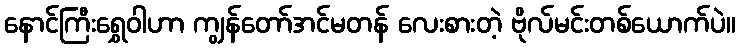
နောင်ကြီးရွှေဝါဟာ ကျွန်တော်အင်မတန် လေးစားတဲ့ ဗိုလ်မင်းတစ်ယောက်ပဲ။